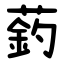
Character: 䔙